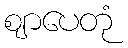
ဈာပေတုံ